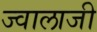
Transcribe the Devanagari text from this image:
ज्‍वालाजी